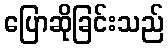
ပြောဆိုခြင်းသည်